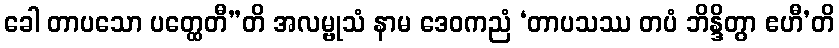
ခေါ တာပသော ပတ္ထေတီ”တိ အလမ္ဗုသံ နာမ ဒေဝကညံ ‘တာပသဿ တပံ ဘိန္ဒိတွာ ဧဟီ’တိ